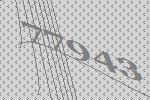
77943